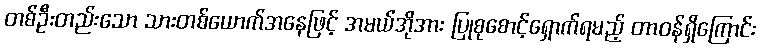
တစ်ဦးတည်းသော သားတစ်ယောက်အနေဖြင့် အမယ်အိုအား ပြုစုစောင့်ရှောက်ရမည့် တာဝန်ရှိကြောင်း